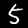
Label: 5